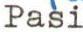
Pasi